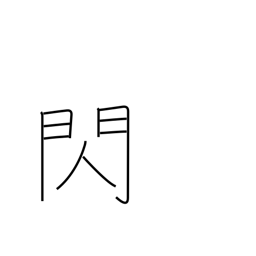
Meaning: flash